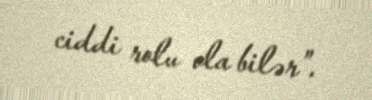
ciddi rolu ola bilər”.